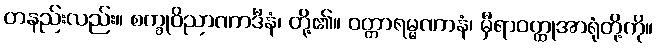
တနည်းလည်း။ စက္ခုဝိညာဏာဒီနံ၊ တို့၏။ ဝတ္တာရမ္မဏာနံ၊ မှီရာဝတ္ထုအာရုံတို့ကို။